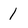
Character: 1